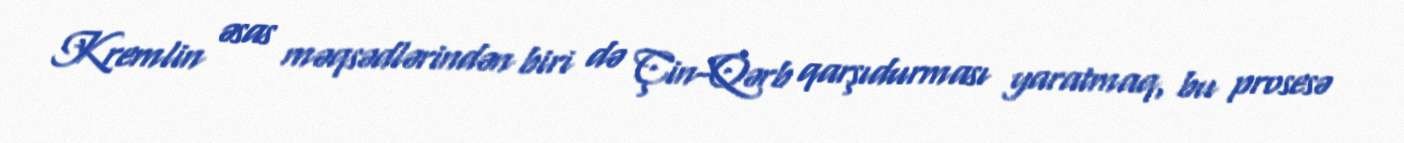
Kremlin əsas məqsədlərindən biri də Çin-Qərb qarşıdurması yaratmaq, bu prosesə